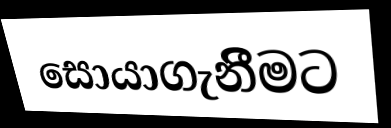
සොයාගැනිීමට